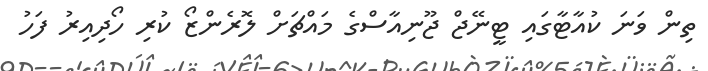
ތިން ވަނަ ކުއާޓާގައި ޓީނޭޖް ޖޫނިއާސްގެ މައްޗަށް ލޮރެންޒޯ ކުރި ހޯދިއިރު ފަހު